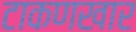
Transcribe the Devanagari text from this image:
टाकणखार